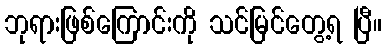
ဘုရားဖြစ်ကြောင်းကို သင်မြင်တွေ့ရ ပြီ။